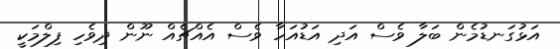
އަޅުގަނޑުމެން ބަލާ ވެސް އަދި އަޑުއަހާ ވެސް އެއްޗެއް ނޫން ދިވެހި ފިލްމަކީ